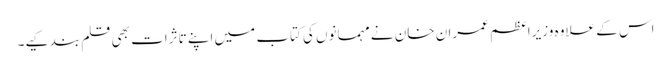
اس کے علاوہ وزیراعظم عمران خان نے مہمانوں کی کتاب میں اپنے تاثرات بھی قلم بند کیے۔